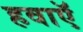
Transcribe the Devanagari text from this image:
हवाऍ